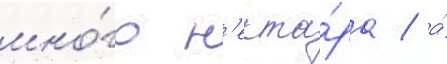
мно́го н'екта́ра / а́